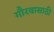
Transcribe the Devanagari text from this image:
गौरवासाठी